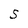
Character: S